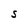
Character: S